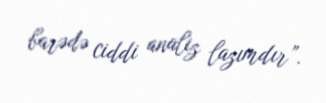
barədə ciddi analiz lazımdır”.